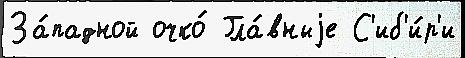
За́падной очко́ Гла́вныjе С'иб'и́р'и